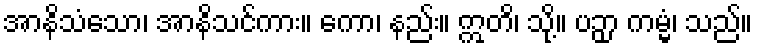
အာနိသံသော၊ အာနိသင်ကား။ ကော၊ နည်း။ ဣတိ၊ သို့။ ပဉှာ ကမ္မံ၊ သည်။